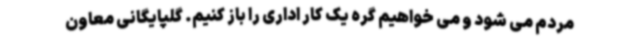
مردم می شود و می خواهیم گره یک کار اداری را باز کنیم. گلپایگانی معاون